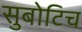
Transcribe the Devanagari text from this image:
सुबोटिच